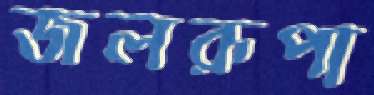
জলরূপা